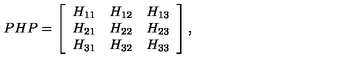
P H P = \left[ \begin{array} { r r r } { H _ { 1 1 } } & { H _ { 1 2 } } & { H _ { 1 3 } } \\ { H _ { 2 1 } } & { H _ { 2 2 } } & { H _ { 2 3 } } \\ { H _ { 3 1 } } & { H _ { 3 2 } } & { H _ { 3 3 } } \\ \end{array} \right] ,